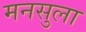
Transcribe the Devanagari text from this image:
मनसुला